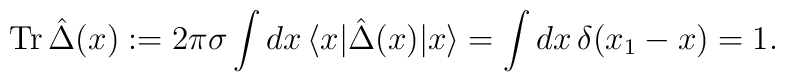
\mathrm{Tr}\,\hat{\Delta}(x):=2\pi\sigma\int dx\, \langle x| \hat{\Delta}(x)|x\rangle=\int dx\,\delta(x_1-x)=1.